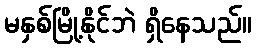
မနှစ်မြို့နိုင်ဘဲ ရှိနေသည်။